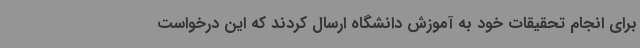
برای انجام تحقیقات خود به آموزش دانشگاه ارسال کردند که این درخواست